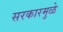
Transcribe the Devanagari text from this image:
सरकारमुळे